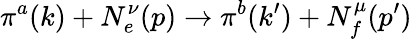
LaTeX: \pi^{a}(k)+N_{e}^{\nu}(p)\rightarrow\pi^{b}(k^{\prime})+N_{f}^{\mu}(p^{\prime})